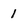
Character: 1